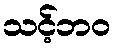
သင့်ဘဝ